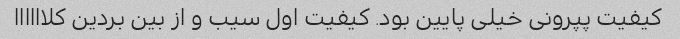
کیفیت پپرونی خیلی پایین بود. کیفیت اول سیب و از بین بردین کلاااااا